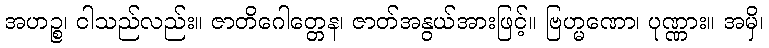
အဟဉ္စ၊ ငါသည်လည်း။ ဇာတိဂေါတ္တေန၊ ဇာတ်အနွယ်အားဖြင့်။ ဗြဟ္မဏော၊ ပုဏ္ဏား။ အမှိ၊